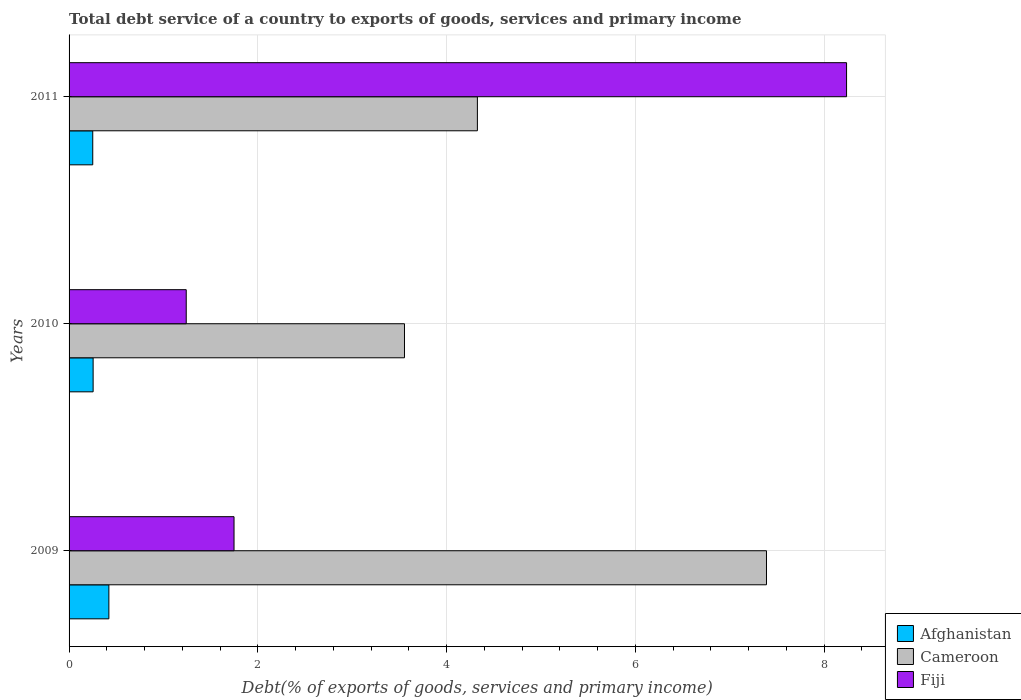
| Years | Afghanistan | Cameroon | Fiji |
 | --- | --- | --- | --- |
 | 2009 | 0.422 | 7.39 | 1.75 |
 | 2010 | 0.255 | 3.55 | 1.24 |
 | 2011 | 0.251 | 4.33 | 8.24 |